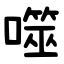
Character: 噬